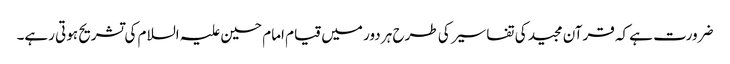
ضرورت ہے کہ قرآن مجید کی تفاسیر کی طرح ہر دور میں قیام امام حسین علیہ السلام کی تشریح ہوتی رہے۔